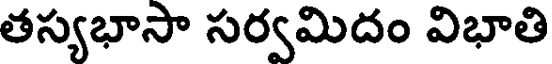
తస్యభాసా సర్వమిదం విభాతి